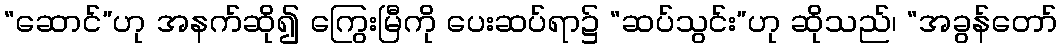
“ဆောင်”ဟု အနက်ဆို၍ ကြွေးမြီကို ပေးဆပ်ရာ၌ “ဆပ်သွင်း”ဟု ဆိုသည်၊ “အခွန်တော်